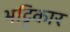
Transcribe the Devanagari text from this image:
भट्टिकार